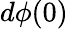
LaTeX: d\phi(0)